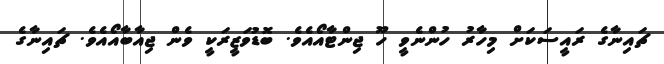
ޗައިނާގެ ރައީސަކަށް މިހާރު ހުންނެވީ ހޫ ޖިންޓާއޯއެވެ. ބޮޑުވަޒީރަކީ ވެން ޖިއާބާއޯއެވެ. ޗައިނާގެ